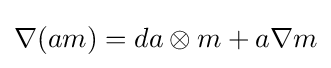
\nabla (am)=da\otimes m+a\nabla m